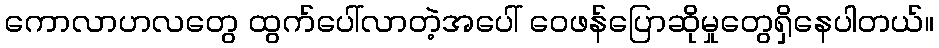
ကောလာဟလတွေ ထွက်ပေါ်လာတဲ့အပေါ် ဝေဖန်ပြောဆိုမှုတွေရှိနေပါတယ်။